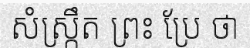
សំស្ក្រឹត ព្រះ ប្រែ ថា